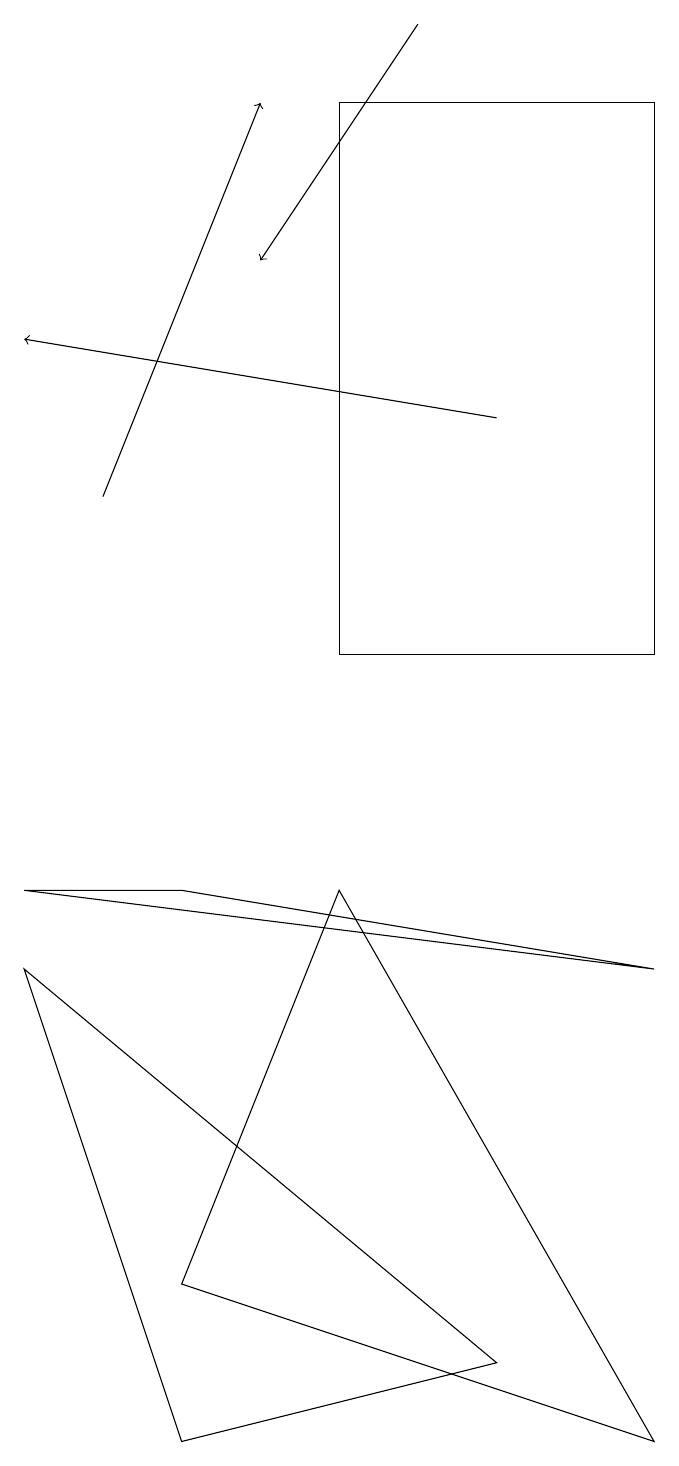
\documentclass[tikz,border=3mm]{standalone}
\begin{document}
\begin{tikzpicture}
\draw (0,7) -- (6,2) -- (2,1) -- cycle;
\draw (2,3) -- (4,8) -- (8,1) -- cycle;
\draw (0,8) -- (8,7) -- (2,8) -- cycle;
\draw (4,18) rectangle (8,11);
\draw[->] (6,14) -- (0,15);
\draw[->] (1,13) -- (3,18);
\draw[->] (5,19) -- (3,16);
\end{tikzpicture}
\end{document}